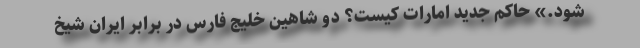
شود.» حاکم جدید امارات کیست؟ دو شاهین خلیج فارس در برابر ایران شیخ